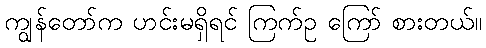
ကျွန်တော်က ဟင်းမရှိရင် ကြက်ဥ ကြော် စားတယ်။